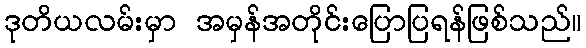
ဒုတိယလမ်းမှာ အမှန်အတိုင်းပြောပြရန်ဖြစ်သည်။